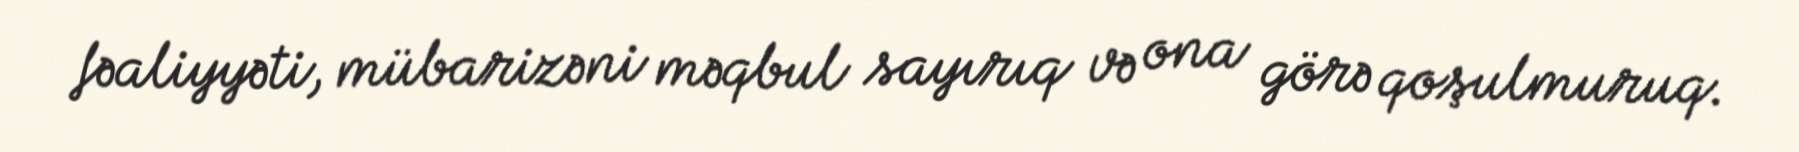
fəaliyyəti, mübarizəni məqbul sayırıq və ona görə qoşulmuruq.